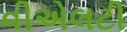
વીએલટી